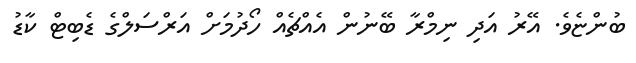
ބުންޏެވެ. އޭރު އަދި ނިމްރާ ބޭނުން އެއްޗެއް ހޯދުމަށް އަރްސަލްގެ ޑެބިޓް ކާޑު